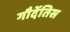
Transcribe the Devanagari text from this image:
गौदेंतिस